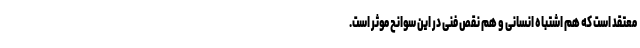
معتقد است که هم اشتباه انسانی و هم نقص فنی در این سوانح موثر است.